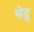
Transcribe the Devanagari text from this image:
भेदु